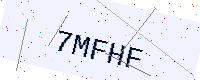
Text: 7MFHF